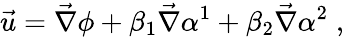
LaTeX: \vec{u}=\vec{\nabla}\phi+\beta_{1}\vec{\nabla}\alpha^{1}+\beta_{2}\vec{\nabla}\alpha^{2}\; ,